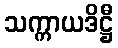
သက္ကာယဒိဋ္ဌီ